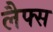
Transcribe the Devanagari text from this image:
लैफ्स